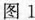
图1